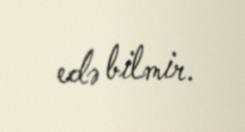
edə bilmir.